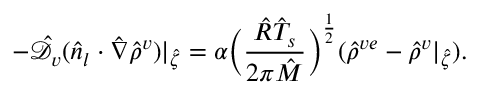
- \mathcal { \hat { D } } _ { v } ( \boldsymbol { \hat { n } _ { l } } \cdot \hat { \nabla } \hat { \rho } ^ { v } ) | _ { \hat { \zeta } } = \alpha \bigg ( \frac { \hat { R } \hat { T } _ { s } } { 2 \pi \hat { M } } \bigg ) ^ { \frac { 1 } { 2 } } ( \hat { \rho } ^ { v e } - \hat { \rho } ^ { v } | _ { \hat { \zeta } } ) .